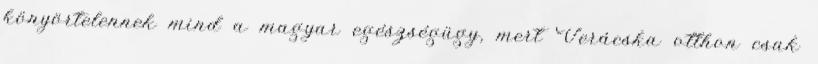
könyörtelennek mind a magyar egészségügy, mert Verácska otthon csak